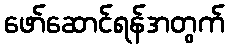
ဖော်ဆောင်ရန်အတွက်